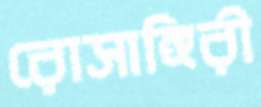
রোসাঙ্গিরী